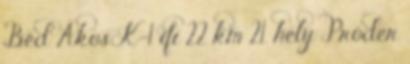
Béd Ákos K-1 ifi 22 km 21. hely Próder